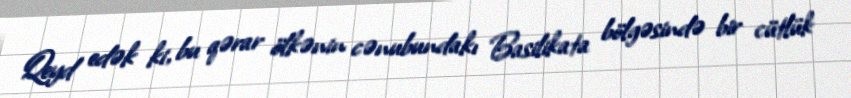
Qeyd edək ki, bu qərar ölkənin cənubundakı Basilikata bölgəsində bir cütlük